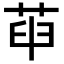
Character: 𦱸